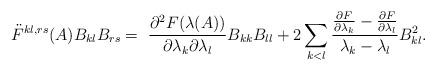
LaTeX: \begin{align*} \ddot{F}^{kl,rs}(A)B_{kl}B_{rs}=~\frac{\partial^2F(\lambda(A))}{\partial\lambda_k\partial\lambda_l}B_{kk}B_{ll}+2\sum_{k<l}\frac{\frac{\partial F}{\partial \lambda_k}-\frac{\partial F}{\partial \lambda_l}}{\lambda_k-\lambda_l}B_{kl}^2.\end{align*}